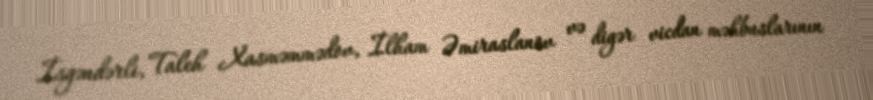
İsgəndərli, Taleh Xasməmmədov, İlham Əmiraslanov və digər vicdan məhbuslarının